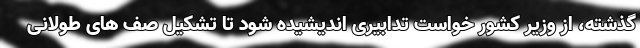
گذشته، از وزیر کشور خواست تدابیری اندیشیده شود تا تشکیل صف های طولانی